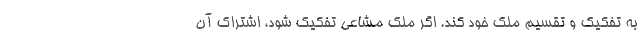
به تفکیک و تقسیم ملک خود کند. اگر ملک مشاعی تفکیک شود، اشتراک آن